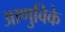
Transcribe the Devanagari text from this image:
आणुविके